Insane asylums in Bengal annual reports 1876-1887 - 1876-1887
Year: 1876
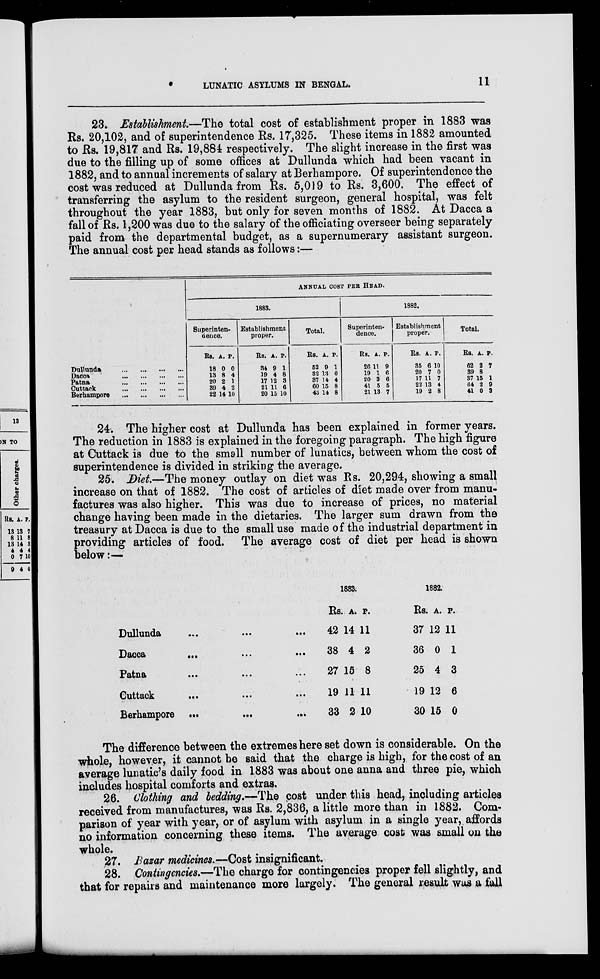
LUNATIC ASYLUMS IN BENGAL.
11
23. Establishment.—The total cost of establishment proper in 1883 was
Rs. 20,102, and of superintendence Rs. 17,325. These items in 1882 amounted
to Rs. 19,817 and Rs. 19,884 respectively. The slight increase in the first was
due to the filling up of some offices at Dullunda which had been vacant in
1882, and to annual increments of salary at Berhampore. Of superintendence the
cost was reduced at Dullunda from Rs. 5,019 to Rs. 3,600. The effect of
transferring the asylum to the resident surgeon, general hospital, was felt
throughout the year 1883, but only for seven months of 1882. At Dacca a
fall of Rs. 1,200 was due to the salary of the officiating overseer being separately
paid from the departmental budget, as a supernumerary assistant surgeon.
The annual cost per head stands as follows:—
Dullunda
...
...
...
...
Dacca
...
...
...
...
Patna
...
...
...
...
Cuttack
...
...
...
...
Berhampore
...
...
...
...
ANNUAL COST PER HEAD.
1883.
Superinten-
dence.
Rs.
18
13
20
39
22
A.
0
8
2
4
14
P.
0
4
1
2
10
Establishment
proper.
Rs.
34
19
17
21
20
A.
9
4
12
11
15
P.
1
8
3
6
10
Total.
Rs.
52
32
37
60
43
A.
9
13
14
15
14
P.
1
0
4
8
8
1882.
Superinten-
dence.
Rs.
26
19
20
41
21
A.
11
1
3
5
13
P.
9
6
6
5
7
Establishment
proper.
Rs.
35
20
17
22
19
A.
6
7
11
13
2
P.
10
0
7
4
8
Total.
Rs.
62
39
37
64
41
A.
2
8
15
2
0
P.
7
1
9
3
24. The higher cost at Dullunda has been explained in former years.
The reduction in 1883 is explained in the foregoing paragraph. The high figure
at Cuttack is due to the small number of lunatics, between whom the cost of
superintendence is divided in striking the average.
25. Diet.—The money outlay on diet was Rs. 20,294, showing a small
increase on that of 1882. The cost of articles of diet made over from manu-
factures was also higher. This was due to increase of prices, no material
change having been made in the dietaries. The larger sum drawn from the
treasury at Dacca is due to the small use made of the industrial department in
providing articles of food. The average cost of diet per head is shown
below:—
Dullunda ... ... ...
Dacca
... ... ...
Patna
...
...
...
Cuttack
... ... ...
Berhampore ...
...
...
1883.
Rs.
42
38
27
19
33
A.
14
4
15
11
2
P.
11
2
8
11
10
1882.
Rs.
37
36
25
19
30
A.
12
0
4
12
15
P.
11
1
3
6
0
The difference between the extremes here set down is considerable. On the
whole, however, it cannot be said that the charge is high, for the cost of an
average lunatic's daily food in 1883 was about one anna and three pie, which
includes hospital comforts and extras.
26. Clothing and bedding.—The cost under this head, including articles
received from manufactures, was Rs. 2,836, a little more than in 1882. Com-
parison of year with year, or of asylum with asylum in a single year, affords
no information concerning these items. The average cost was small on the
whole.
27. Bazar medicines.—Cost insignificant.
28. Contingencies.—The charge for contingencies proper fell slightly, and
that for repairs and maintenance more largely. The general result was a fall